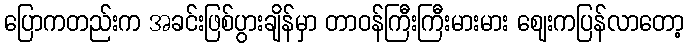
ပြောကတည်းက အခင်းဖြစ်ပွားချိန်မှာ တာဝန်ကြီးကြီးမားမား ဈေးကပြန်လာတော့